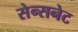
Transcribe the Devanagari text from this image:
सेन्सनेट